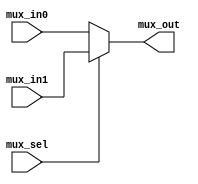
/*~~~~~~~~~~~~~~~~~~~~~~~~~~~~~~~~~~~~~~~~~~~~~~~~~~~~~~~~~~~~~~~~~~~~~~~~~~~~~

                     University of Illinois/NCSA
                         Open Source License

         Copyright(C) 2004, The Board of Trustees of the
          University of Illinois.  All rights reserved

                              IVM 1.0
                          Developed by:
                  Advanced Computing Systems Group
        Center for Reliable and High-Performance Computing
            University of Illinois at Urbana-Champaign

                   http://www.crhc.uiuc.edu/ACS

                      -- with support from --     
             Center for Circuits and Systems Solutions (C2S2)

Permission is hereby granted, free of charge, to any person obtaining a copy 
of this software and associated documentation files (the Software), to 
deal with the Software without restriction, including without limitation the 
rights to use, copy, modify, merge, publish, distribute, sublicense, and/or 
sell copies of the Software, and to permit persons to whom the Software is 
furnished to do so, subject to the following conditions:

Redistributions of source code must retain the above copyright notice, this 
list of conditions and the following disclaimers.

Redistributions in binary, gate-level, layout-level, or physical form must
reproduce the above copyright notice, this list of conditions and the
following disclaimers in the documentation and/or other materials provided
with the distribution.

Neither the names of Advanced Computing Systems Group, Center for Reliable
and High-Performance Computing, Center for Circuits and Systems Solution
(C2S2), University of Illinois at Urbana-Champaign, nor the names of its
contributors may be used to endorse or promote products derived from this
Software without specific prior written permission.

THE SOFTWARE IS PROVIDED AS IS, WITHOUT WARRANTY OF ANY KIND, EXPRESS OR 
IMPLIED, INCLUDING BUT NOT LIMITED TO THE WARRANTIES OF MERCHANTABILITY, 
FITNESS FOR A PARTICULAR PURPOSE AND NONINFRINGEMENT.  IN NO EVENT SHALL THE 
CONTRIBUTORS OR COPYRIGHT HOLDERS BE LIABLE FOR ANY CLAIM, DAMAGES OR OTHER 
LIABILITY, WHETHER IN AN ACTION OF CONTRACT, TORT OR OTHERWISE, ARISING 
FROM, OUT OF OR IN CONNECTION WITH THE SOFTWARE OR THE USE OR OTHER DEALINGS 
WITH THE SOFTWARE.

~~~~~~~~~~~~~~~~~~~~~~~~~~~~~~~~~~~~~~~~~~~~~~~~~~~~~~~~~~~~~~~~~~~~~~~~~~~~~*/


/*******************************************************************************

  File: MUXn_8_1.v

  Description: This file contains the definition of a n-bit 8-to-1 MUX

******************************************************************************/

`timescale 1ns/100ps

/*
 * FUNC_NAME: MUXn_2_1
 *
 * DESCRIPTION: 
 *	Definition for a n-bit 2-to-1 MUX
 *
 * INPUT:
 *	mux_in0 - the input to be output if mux_sel is 0
 * 	mux_in1 - the input to be output if mux_sel is 1
 * 	mux_sel - chooses between the inputs
 *
 * OUTPUT:
 *	mux_out - the output of the mux
 *
 * ASSUMPTIONS:
 *
 * AUTHOR:
 *	Justin Quek
 * DATE:
 *	25-apr-03
 * LAST MODIFICATION:
 *    <modifier's name>  <date modified>
 */
module MUXn_2_1(mux_in0, mux_in1, mux_sel, mux_out);

  parameter MuxLen = 63;

  // outputs
  output [MuxLen:0] mux_out;
  // inputs
  input [MuxLen:0] mux_in0;
  input [MuxLen:0] mux_in1;
  input mux_sel;

  // internal vars

  // assign vars

  // assing outputs
  reg [MuxLen:0] mux_out;

  // instantiate other modules

  // code
  always @(mux_in0 or mux_in1 or mux_sel)
  begin
    if (mux_sel == 1'b1)
      mux_out = mux_in1;
    else
      mux_out = mux_in0;
  end

endmodule // MUXn_2_1

/*
 * FUNC_NAME: MUXn_4_1
 *
 * DESCRIPTION: 
 *	Definition for a n-bit 4-to-1 MUX
 *
 * INPUT:
 *	mux_in0 - the input to be output if mux_sel is 00
 * 	mux_in1 - the input to be output if mux_sel is 01
 *	mux_in2 - the input to be output if mux_sel is 10
 *	mux_in3 - the input to be output if mux_sel is 11
 * 	mux_sel - chooses between the inputs
 *
 * OUTPUT:
 *	mux_out - the output of the mux
 *
 * ASSUMPTIONS:
 *
 * AUTHOR:
 *	Justin Quek
 * DATE:
 *	25-apr-03
 * LAST MODIFICATION:
 *    <modifier's name>  <date modified>
 */
module MUXn_4_1(mux_in0, mux_in1, mux_in2, mux_in3, mux_sel, mux_out);

  parameter MuxLen = 63;

  // outputs
  output [MuxLen:0] mux_out;
  // inputs
  input [MuxLen:0] mux_in0;
  input [MuxLen:0] mux_in1;
  input [MuxLen:0] mux_in2;
  input [MuxLen:0] mux_in3;
  input [1:0] mux_sel;

  // internal vars
  wire [MuxLen:0] mux_tmp0;
  wire [MuxLen:0] mux_tmp1;

  // assign vars

  // assing outputs

  // instantiate other modules
  MUXn_2_1 #(MuxLen) mux0(mux_in0, mux_in1, mux_sel[0], mux_tmp0);
  MUXn_2_1 #(MuxLen) mux1(mux_in2, mux_in3, mux_sel[0], mux_tmp1);
  MUXn_2_1 #(MuxLen) msel(mux_tmp0, mux_tmp1, mux_sel[1], mux_out);

  // code

endmodule // MUXn_4_1

/*
 * FUNC_NAME: MUXn_8_1
 *
 * DESCRIPTION: 
 *	Definition for a n-bit 8-to-1 MUX
 *
 * INPUT:
 *	mux_in0 - the input to be output if mux_sel is 000
 * mux_in1 - the input to be output if mux_sel is 001
 *	mux_in2 - the input to be output if mux_sel is 010
 *	mux_in3 - the input to be output if mux_sel is 011
 *	mux_in4 - the input to be output if mux_sel is 100
 *	mux_in5 - the input to be output if mux_sel is 101
 *	mux_in6 - the input to be output if mux_sel is 110
 *	mux_in7 - the input to be output if mux_sel is 111
 * 	mux_sel - chooses between the inputs
 *
 * OUTPUT:
 *	mux_out - the output of the mux
 *
 * ASSUMPTIONS:
 *
 * AUTHOR:
 *	Justin Quek
 * DATE:
 *	25-apr-03
 * LAST MODIFICATION:
 *    <modifier's name>  <date modified>
 */
module MUXn_8_1(mux_in0, mux_in1, mux_in2, mux_in3, mux_in4, mux_in5, mux_in6, mux_in7, mux_sel, mux_out);

  parameter MuxLen = 63;

  // outputs
  output [MuxLen:0] mux_out;
  // inputs
  input [MuxLen:0] mux_in0;
  input [MuxLen:0] mux_in1;
  input [MuxLen:0] mux_in2;
  input [MuxLen:0] mux_in3;
  input [MuxLen:0] mux_in4;
  input [MuxLen:0] mux_in5;
  input [MuxLen:0] mux_in6;
  input [MuxLen:0] mux_in7;
  input [2:0] mux_sel;

  // internal vars
  wire [MuxLen:0] mux_tmp0;
  wire [MuxLen:0] mux_tmp1;

  // assign vars

  // assing outputs

  // instantiate other modules
  MUXn_4_1 #(MuxLen) mux0(mux_in0, mux_in1, mux_in2, mux_in3, mux_sel[1:0], mux_tmp0);
  MUXn_4_1 #(MuxLen) mux1(mux_in4, mux_in5, mux_in6, mux_in7, mux_sel[1:0], mux_tmp1);
  MUXn_2_1 #(MuxLen) msel(mux_tmp0, mux_tmp1, mux_sel[2], mux_out);

  // code

endmodule // MUXn_8_1